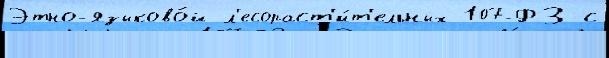
Этно-языково́й л'есораст'и́т'ельных 107-ФЗ с